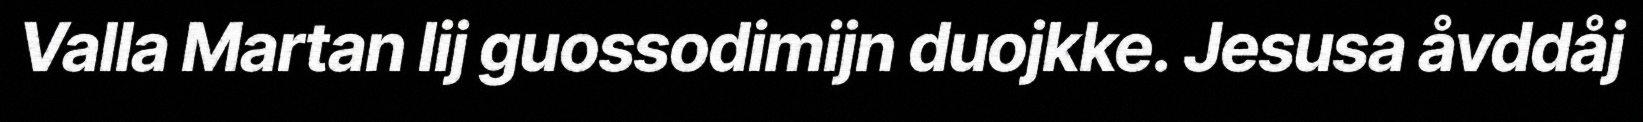
Valla Martan lij guossodimijn duojkke. Jesusa åvddåj